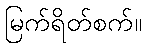
မြက်ရိတ်စက်။